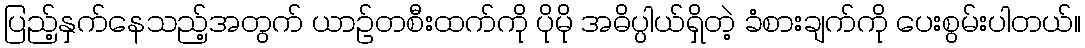
ပြည့်နှက်နေသည့်အတွက် ယာဉ်တစီးထက်ကို ပိုမို အဓိပ္ပါယ်ရှိတဲ့ ခံစားချက်ကို ပေးစွမ်းပါတယ်။